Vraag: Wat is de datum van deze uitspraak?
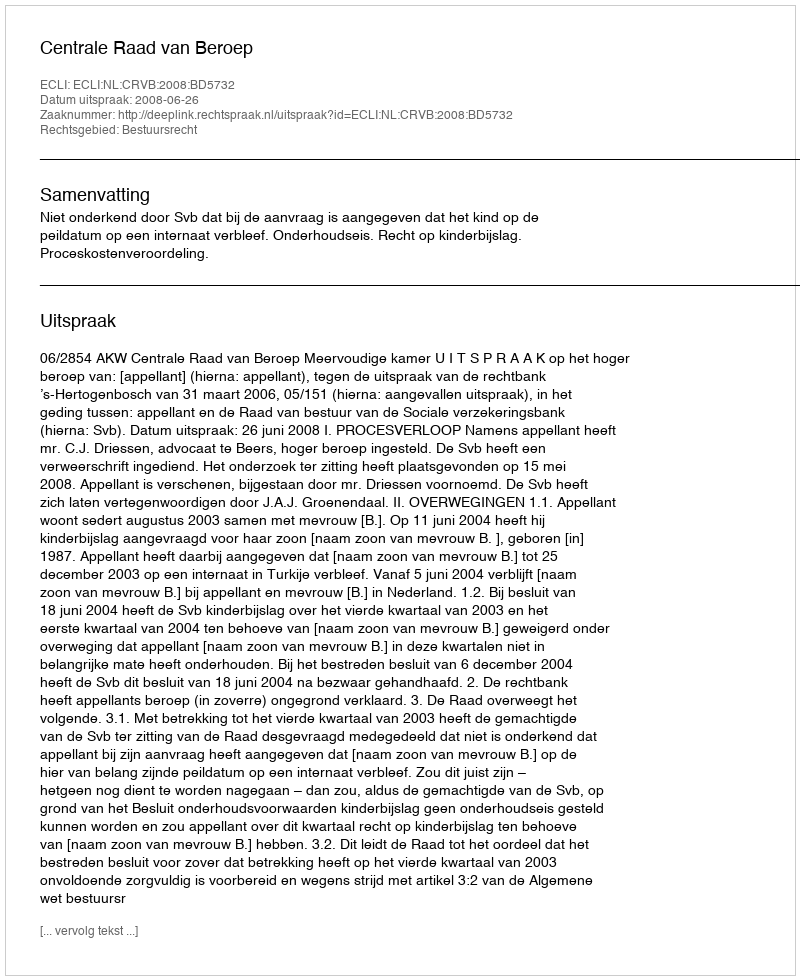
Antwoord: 2008-06-26